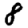
Digit: 8